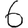
Digit: 6